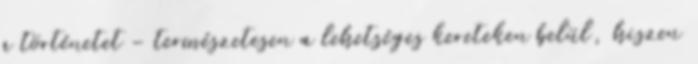
a történetet - természetesen a lehetséges kereteken belül, hiszen